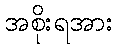
အစိုးရအား